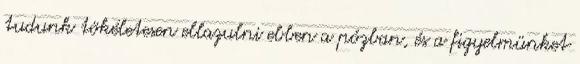
tudunk tökéletesen ellazulni ebben a pózban, és a figyelmünket